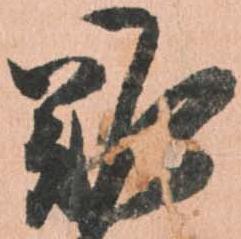
難